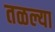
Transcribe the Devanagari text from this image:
तळल्या